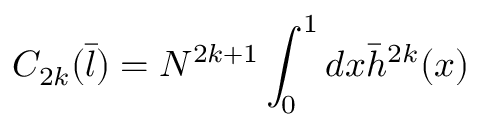
C _ { 2 k } ( { \bar { l } } ) = N ^ { 2 k + 1 } \int _ { 0 } ^ { 1 } d x { \bar { h } } ^ { 2 k } ( x )